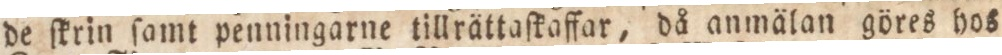
de ſkrin ſamt penningarne tillrättaſkafſar, då anmälan göres hos